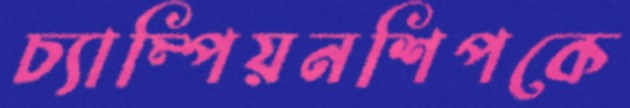
চ্যাম্পিয়নশিপকে